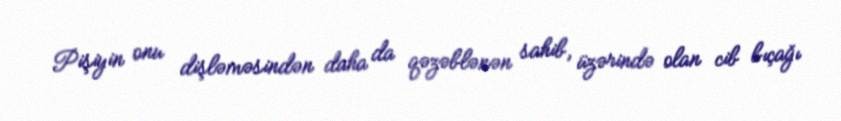
Pişiyin onu dişləməsindən daha da qəzəblənən sahib, üzərində olan cib bıçağı